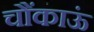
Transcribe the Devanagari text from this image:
चौंकाऊं